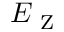
E _ { \mathrm { ~ Z ~ } }